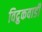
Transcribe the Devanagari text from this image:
विद्रुकवाडी